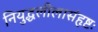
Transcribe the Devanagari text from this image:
नियुद्धलीलासंहृष्टः